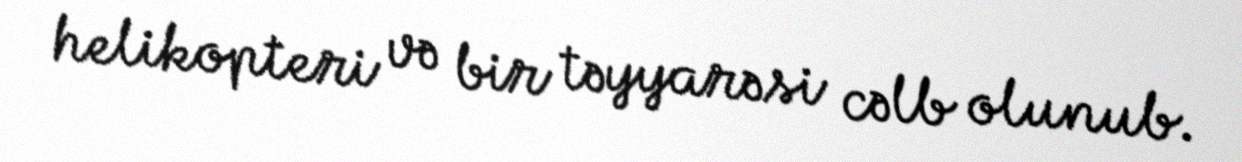
helikopteri və bir təyyarəsi cəlb olunub.